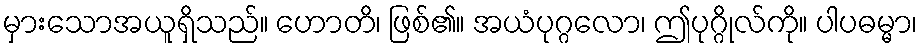
မှားသောအယူရှိသည်။ ဟောတိ၊ ဖြစ်၏။ အယံပုဂ္ဂလော၊ ဤပုဂ္ဂိုလ်ကို။ ပါပဓမ္မာ၊